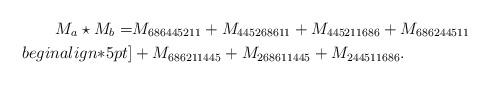
LaTeX: \begin{align*}M_a\star M_b=&M_{686445211}+M_{445268611}+M_{445211686}+M_{686244511}\\begin{align*}5pt]&+M_{686211445}+M_{268611445}+M_{244511686}.\end{align*}